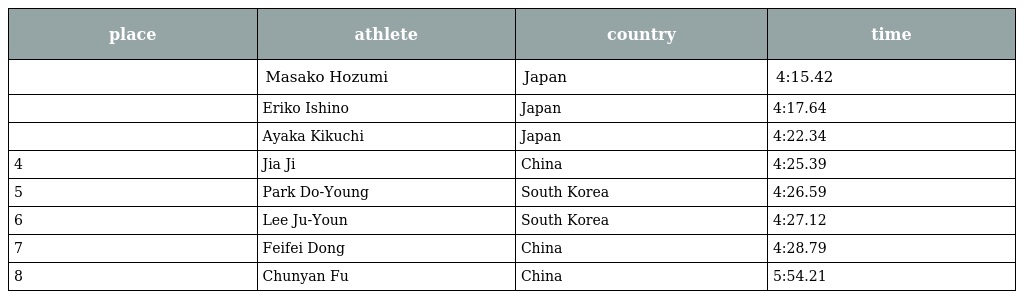
| place | athlete | country | time |
 | --- | --- | --- | --- |
 |  | Masako Hozumi | Japan | 4:15.42 |
 |  | Eriko Ishino | Japan | 4:17.64 |
 |  | Ayaka Kikuchi | Japan | 4:22.34 |
 | 4 | Jia Ji | China | 4:25.39 |
 | 5 | Park Do-Young | South Korea | 4:26.59 |
 | 6 | Lee Ju-Youn | South Korea | 4:27.12 |
 | 7 | Feifei Dong | China | 4:28.79 |
 | 8 | Chunyan Fu | China | 5:54.21 |